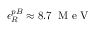
\epsilon _ { R } ^ { p B } \approx 8 . 7 \, \mathrm { ~ M ~ e ~ V ~ }